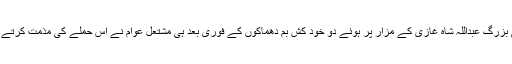
دریں اثناء کراچی میں صوفی بزرگ عبداللہ شاہ غازی کے مزار پر ہوئے دو خود کش بم دھماکوں کے فوری بعد ہی مشتعل عوام نے اس حملے کی مذمت کرتے ہوئے سڑکوں پر احتجاج کیا۔